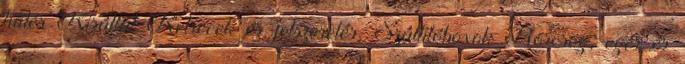
hűtés Kisállat Ketrecek és felszerelés, Szállítóboxok Hörcsög, egér és